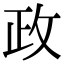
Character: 政